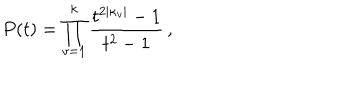
P ( t ) = \prod _ { v = 1 } ^ { k } \frac { t ^ { 2 | \kappa _ { v } | } - 1 } { t ^ { 2 } - 1 } \, ,